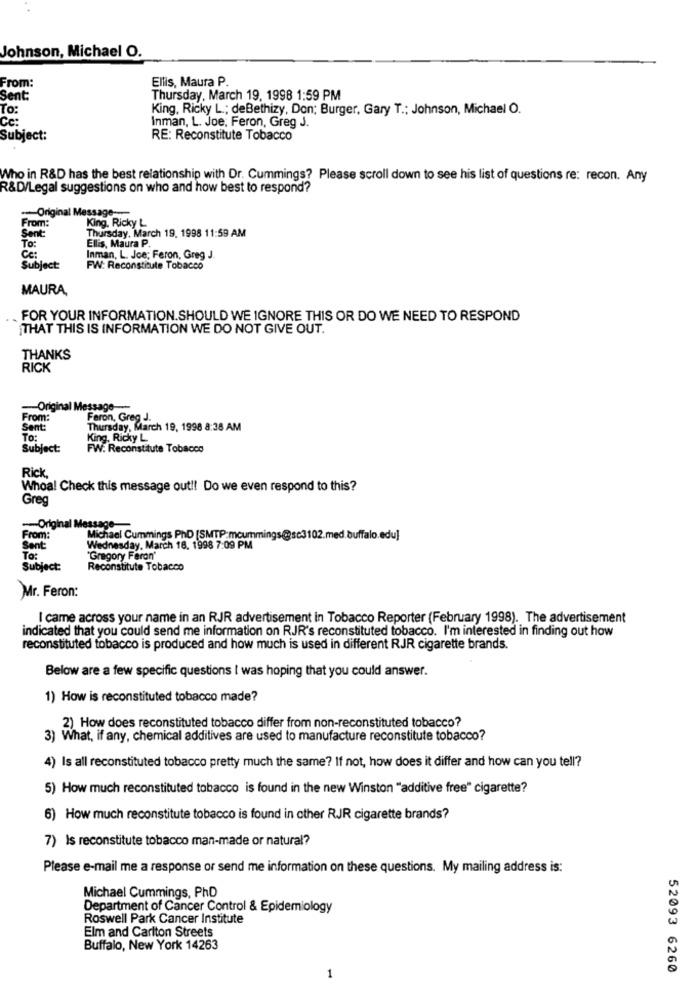
Johnson, Michael O.
From:
Ellis, Maura P.
Sent:
Thursday, March 19, 1998 1:59 PM
To:
King. Ricky L .; deBethizy, Don; Burger, Gary T .; Johnson, Michael O.
Cc:
Inman, L. Joe, Feron, Greg J.
Subject:
RE: Reconstitute Tobacco
Who in R&D has the best relationship with Dr. Cummings? Please scroll down to see his list of questions re: recon. Any
R&D/Legal suggestions on who and how best to respond?
-Original Message-
King. Ricky L
From :
To:
Sent:
Ellis, Maura P.
Thursday, March 19, 1998 11:59 AM
Inman, L. Joe; Feron, Greg J
Subject:
FW: Reconstitute Tobacco
MAURA,
FOR YOUR INFORMATION.SHOULD WE IGNORE THIS OR DO WE NEED TO RESPOND
THAT THIS IS INFORMATION WE DO NOT GIVE OUT.
THANKS
RICK
-- Original Message-
From:
Feron, Greg J.
Sent:
Thursday, March 19, 1998 8:38 AM
To:
King, Ricky L
Subject:
FW: Reconstitute Tobacco
Rick,
Whoa! Check this message out !! Do we even respond to this?
Greg
-Original Message-
From:
Michael Cummings PhD (SMTP-mcummings@sc3102.med.buffalo.edu]
Sent:
Wednesday, March 18. 1998 7:09 PM
To:
"Gregory Feron'
Subject:
Reconstitute Tobacco
Mr. Feron:
I came across your name in an RJR advertisement in Tobacco Reporter (February 1998). The advertisement
indicated that you could send me information on RJR's reconstituted tobacco. I'm interested in finding out how
reconstituted tobacco is produced and how much is used in different RJR cigarette brands.
Below are a few specific questions I was hoping that you could answer.
1) How is reconstituted tobacco made?
2) How does reconstituted tobacco differ from non-reconstituted tobacco?
3) What, if any, chemical additives are used to manufacture reconstitute tobacco?
4) Is all reconstituted tobacco pretty much the same? If not, how does it differ and how can you tell?
5) How much reconstituted tobacco is found in the new Winston "additive free" cigarette?
6) How much reconstitute tobacco is found in other RJR cigarette brands?
7) Is reconstitute tobacco man-made or natural?
Please e-mail me a response or send me information on these questions. My mailing address is:
Michael Cummings, PhD
Department of Cancer Control & Epidemiology
Roswell Park Cancer Institute
Elm and Carlton Streets
Buffalo, New York 14263
52093 6260
1